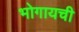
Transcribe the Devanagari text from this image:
भोगायची